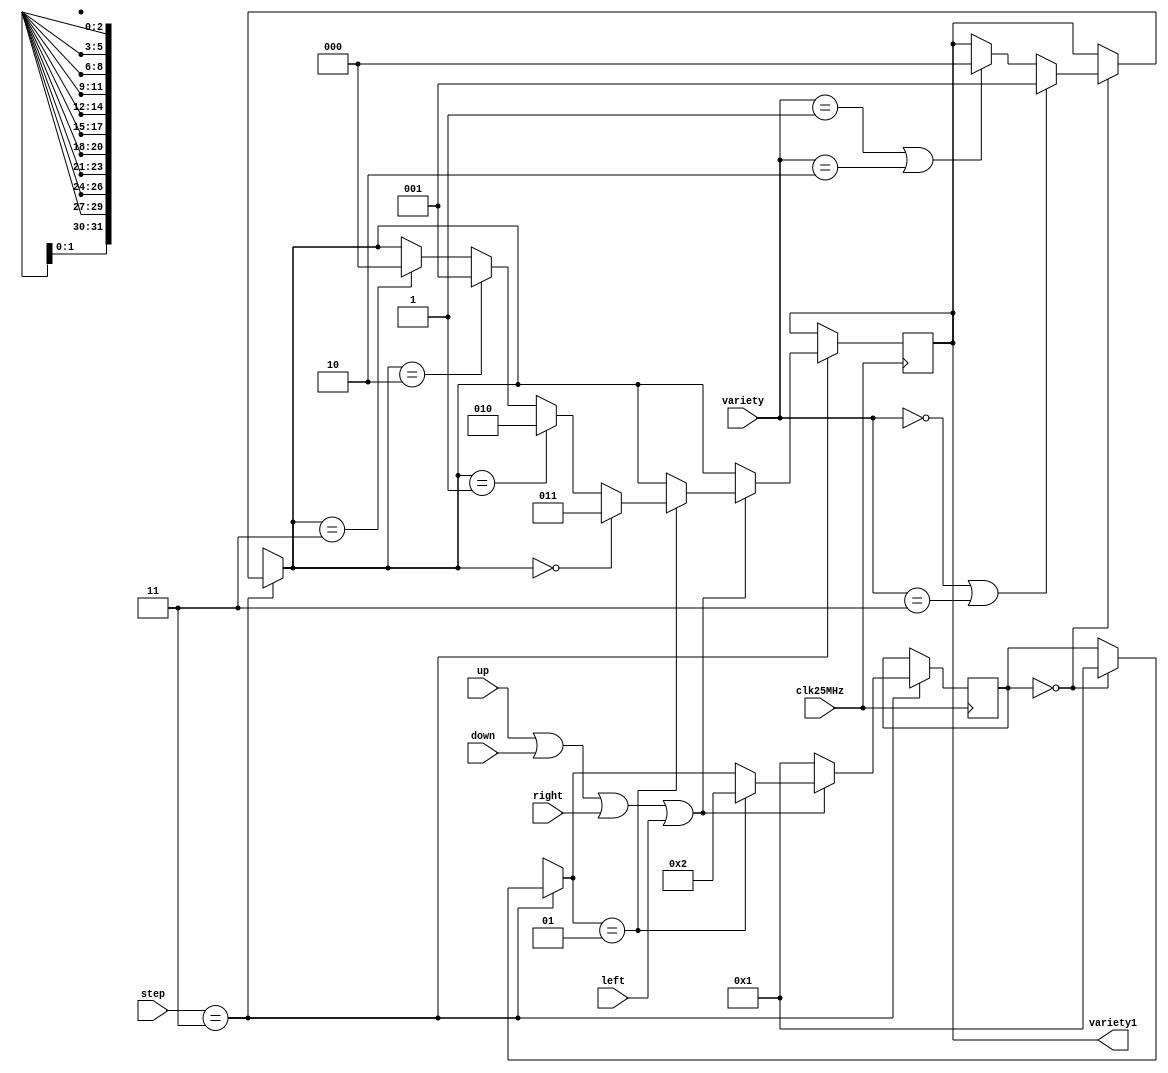
module step3(	input clk25MHz,
					input up,
					input down,
					input right,
					input left,
					input [2:0] step,
					input [2:0] variety,
					
					output reg [2:0] variety1
													);

	parameter [2:0] kare0=3'b000, kare1=3'b001, kare2=3'b010, kare3=3'b011;
	integer mover=0;
	always@(posedge clk25MHz)begin
		if(step==3'b011)begin
			if(mover==0)begin
				mover=1;
				if((variety == kare0) || (variety == kare3))
					variety1=kare1;
				else if((variety == kare1) || (variety == kare2))
					variety1=kare0;
			end
			if(up || down || right || left)begin
				if(mover == 1)begin
					mover=2;
					if(variety1==kare0)
						variety1=kare3;
					else if(variety1==kare1)
						variety1=kare2;
					else if(variety1==kare2)
						variety1=kare1;
					else if(variety1==kare3)
						variety1=kare0;
				end
			end
			else
				mover = 1;
		end
	end







endmodule